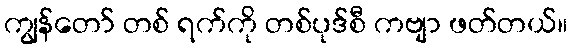
ကျွန်တော် တစ် ရက်ကို တစ်ပုဒ်စီ ကဗျာ ဖတ်တယ်။